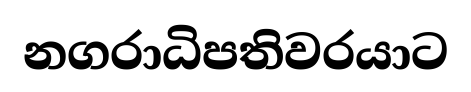
නගරාධිපතිවරයාට